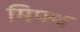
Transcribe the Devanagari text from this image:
मिफ्थ